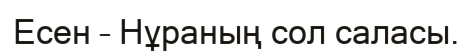
Есен – Нұраның сол саласы.